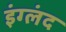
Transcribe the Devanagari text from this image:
इंग्लंद